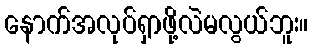
နောက်အလုပ်ရှာဖို့လဲမလွယ်ဘူး။